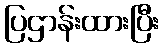
ပြဌာန်းထားပြီး